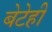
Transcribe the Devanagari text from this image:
बेटेही